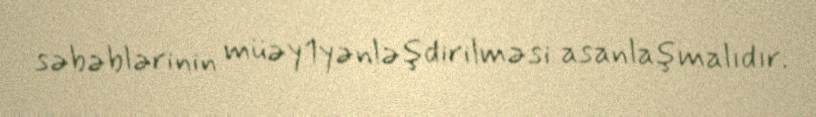
səbəblərinin müəy1yənləşdirilməsi asanlaşmalıdır.